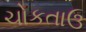
ચોકતાઉ